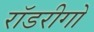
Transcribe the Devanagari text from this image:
रॉडरीगो